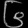
Digit: ၆